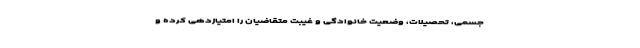
جسمی، تحصیلات، وضعیت خانوادگی و غیبت متقاضیان را امتیازدهی کرده و